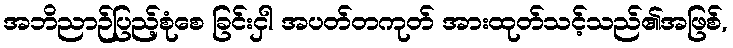
အဘိညာဉ်ပြည့်စုံစေ ခြင်းငှါ အပတ်တကုတ် အားထုတ်သင့်သည်၏အဖြစ်,